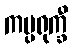
ကပ္ပရုက္ခီ